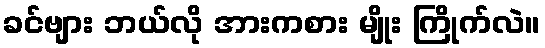
ခင်ဗျား ဘယ်လို အားကစား မျိုး ကြိုက်လဲ။